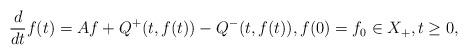
LaTeX: \begin{align*}\frac{d}{dt}f(t)=Af+Q^{+}(t,f(t))-Q^{-}(t,f(t)),f(0)=f_0\in X_{+},t \geq 0, \end{align*}